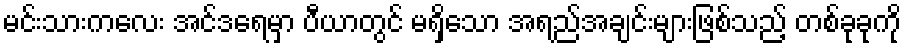
မင်းသားကလေး အင်ဒရေမှာ ပီယာတွင် မရှိသော အရည်အချင်းများဖြစ်သည့် တစ်ခုခုကို